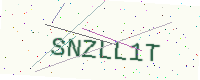
Text: SNZLL1T